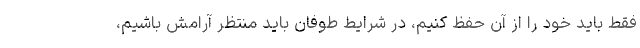
فقط باید خود را از آن حفظ کنیم، در شرایط طوفان باید منتظر آرامش باشیم،